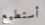
أستطيع